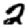
Digit: 2